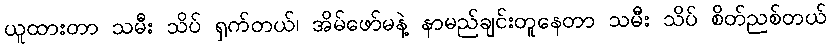
ယူထားတာ သမီး သိပ် ရှက်တယ်၊ အိမ်ဖော်မနဲ့ နာမည်ချင်းတူနေတာ သမီး သိပ် စိတ်ညစ်တယ်